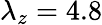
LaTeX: \lambda_{z}=4.8